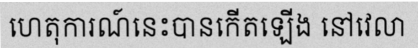
ហេតុការណ៍នេះបានកើតឡើង នៅវេលា